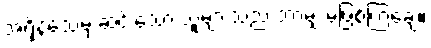
အရှိန်သေမှ ဆင်းသော သူများသည် ဘာမျှ မဖြစ်ကြချေ။